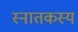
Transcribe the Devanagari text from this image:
स्नातकस्य